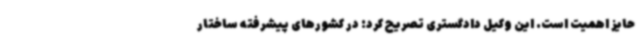
حایز اهمیت است. این وکیل دادگستری تصریح کرد: در کشورهای پیشرفته ساختار